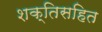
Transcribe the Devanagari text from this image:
शक्तिसहित